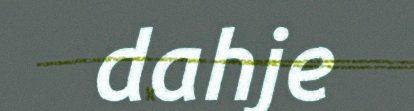
dahje